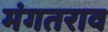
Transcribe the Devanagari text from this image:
मंगतराव